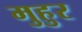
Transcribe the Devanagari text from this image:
मुहुर